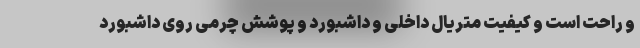
و راحت است و کیفیت متریال داخلی و داشبورد و پوشش چرمی روی داشبورد